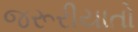
જરૂરીયાતો